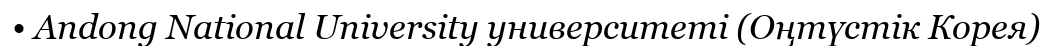
• Andong National University университеті (Оңтүстік Корея)